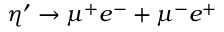
\eta ^ { \prime } \rightarrow \mu ^ { + } e ^ { - } + \mu ^ { - } e ^ { + }